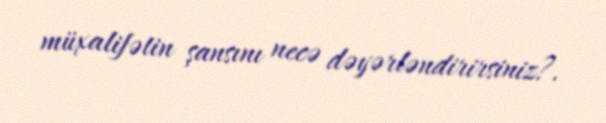
müxalifətin şansını necə dəyərləndirirsiniz?.